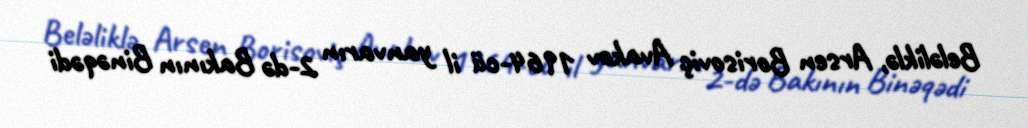
Beləliklə, Arsen Borisoviç Avakov 1964-cü il yanvarın 2-də Bakının Binəqədi